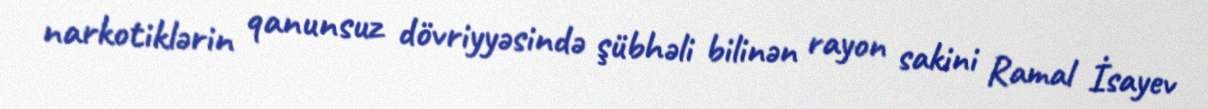
narkotiklərin qanunsuz dövriyyəsində şübhəli bilinən rayon sakini Ramal İsayev